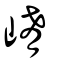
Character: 崤